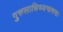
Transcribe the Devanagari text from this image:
गुरुसान्निध्यभाषणः